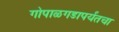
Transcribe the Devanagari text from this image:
गोपाळगडापर्यंतचा